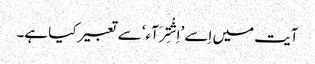
آیت میں اِسے ’اِشْتِرَآء‘ سے تعبیر کیا ہے۔